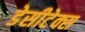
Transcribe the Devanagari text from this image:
डेसीटेक्स